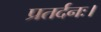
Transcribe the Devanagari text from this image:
प्रतर्दनः।